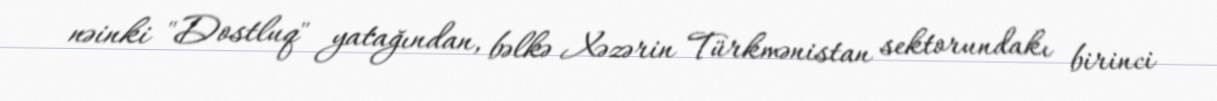
nəinki "Dostluq" yatağından, bəlkə Xəzərin Türkmənistan sektorundakı birinci